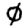
Digit: 0